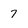
Character: 7